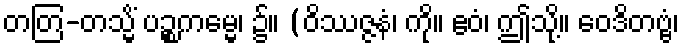
တတြ-တသ္မိံ ပဉ္စကမ္မေ၊ ၌။ (ဝိဿဇ္ဇနံ၊ ကို။ ဧဝံ၊ ဤသို့။ ဝေဒိတဗ္ဗံ၊